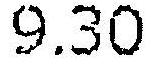
9.30